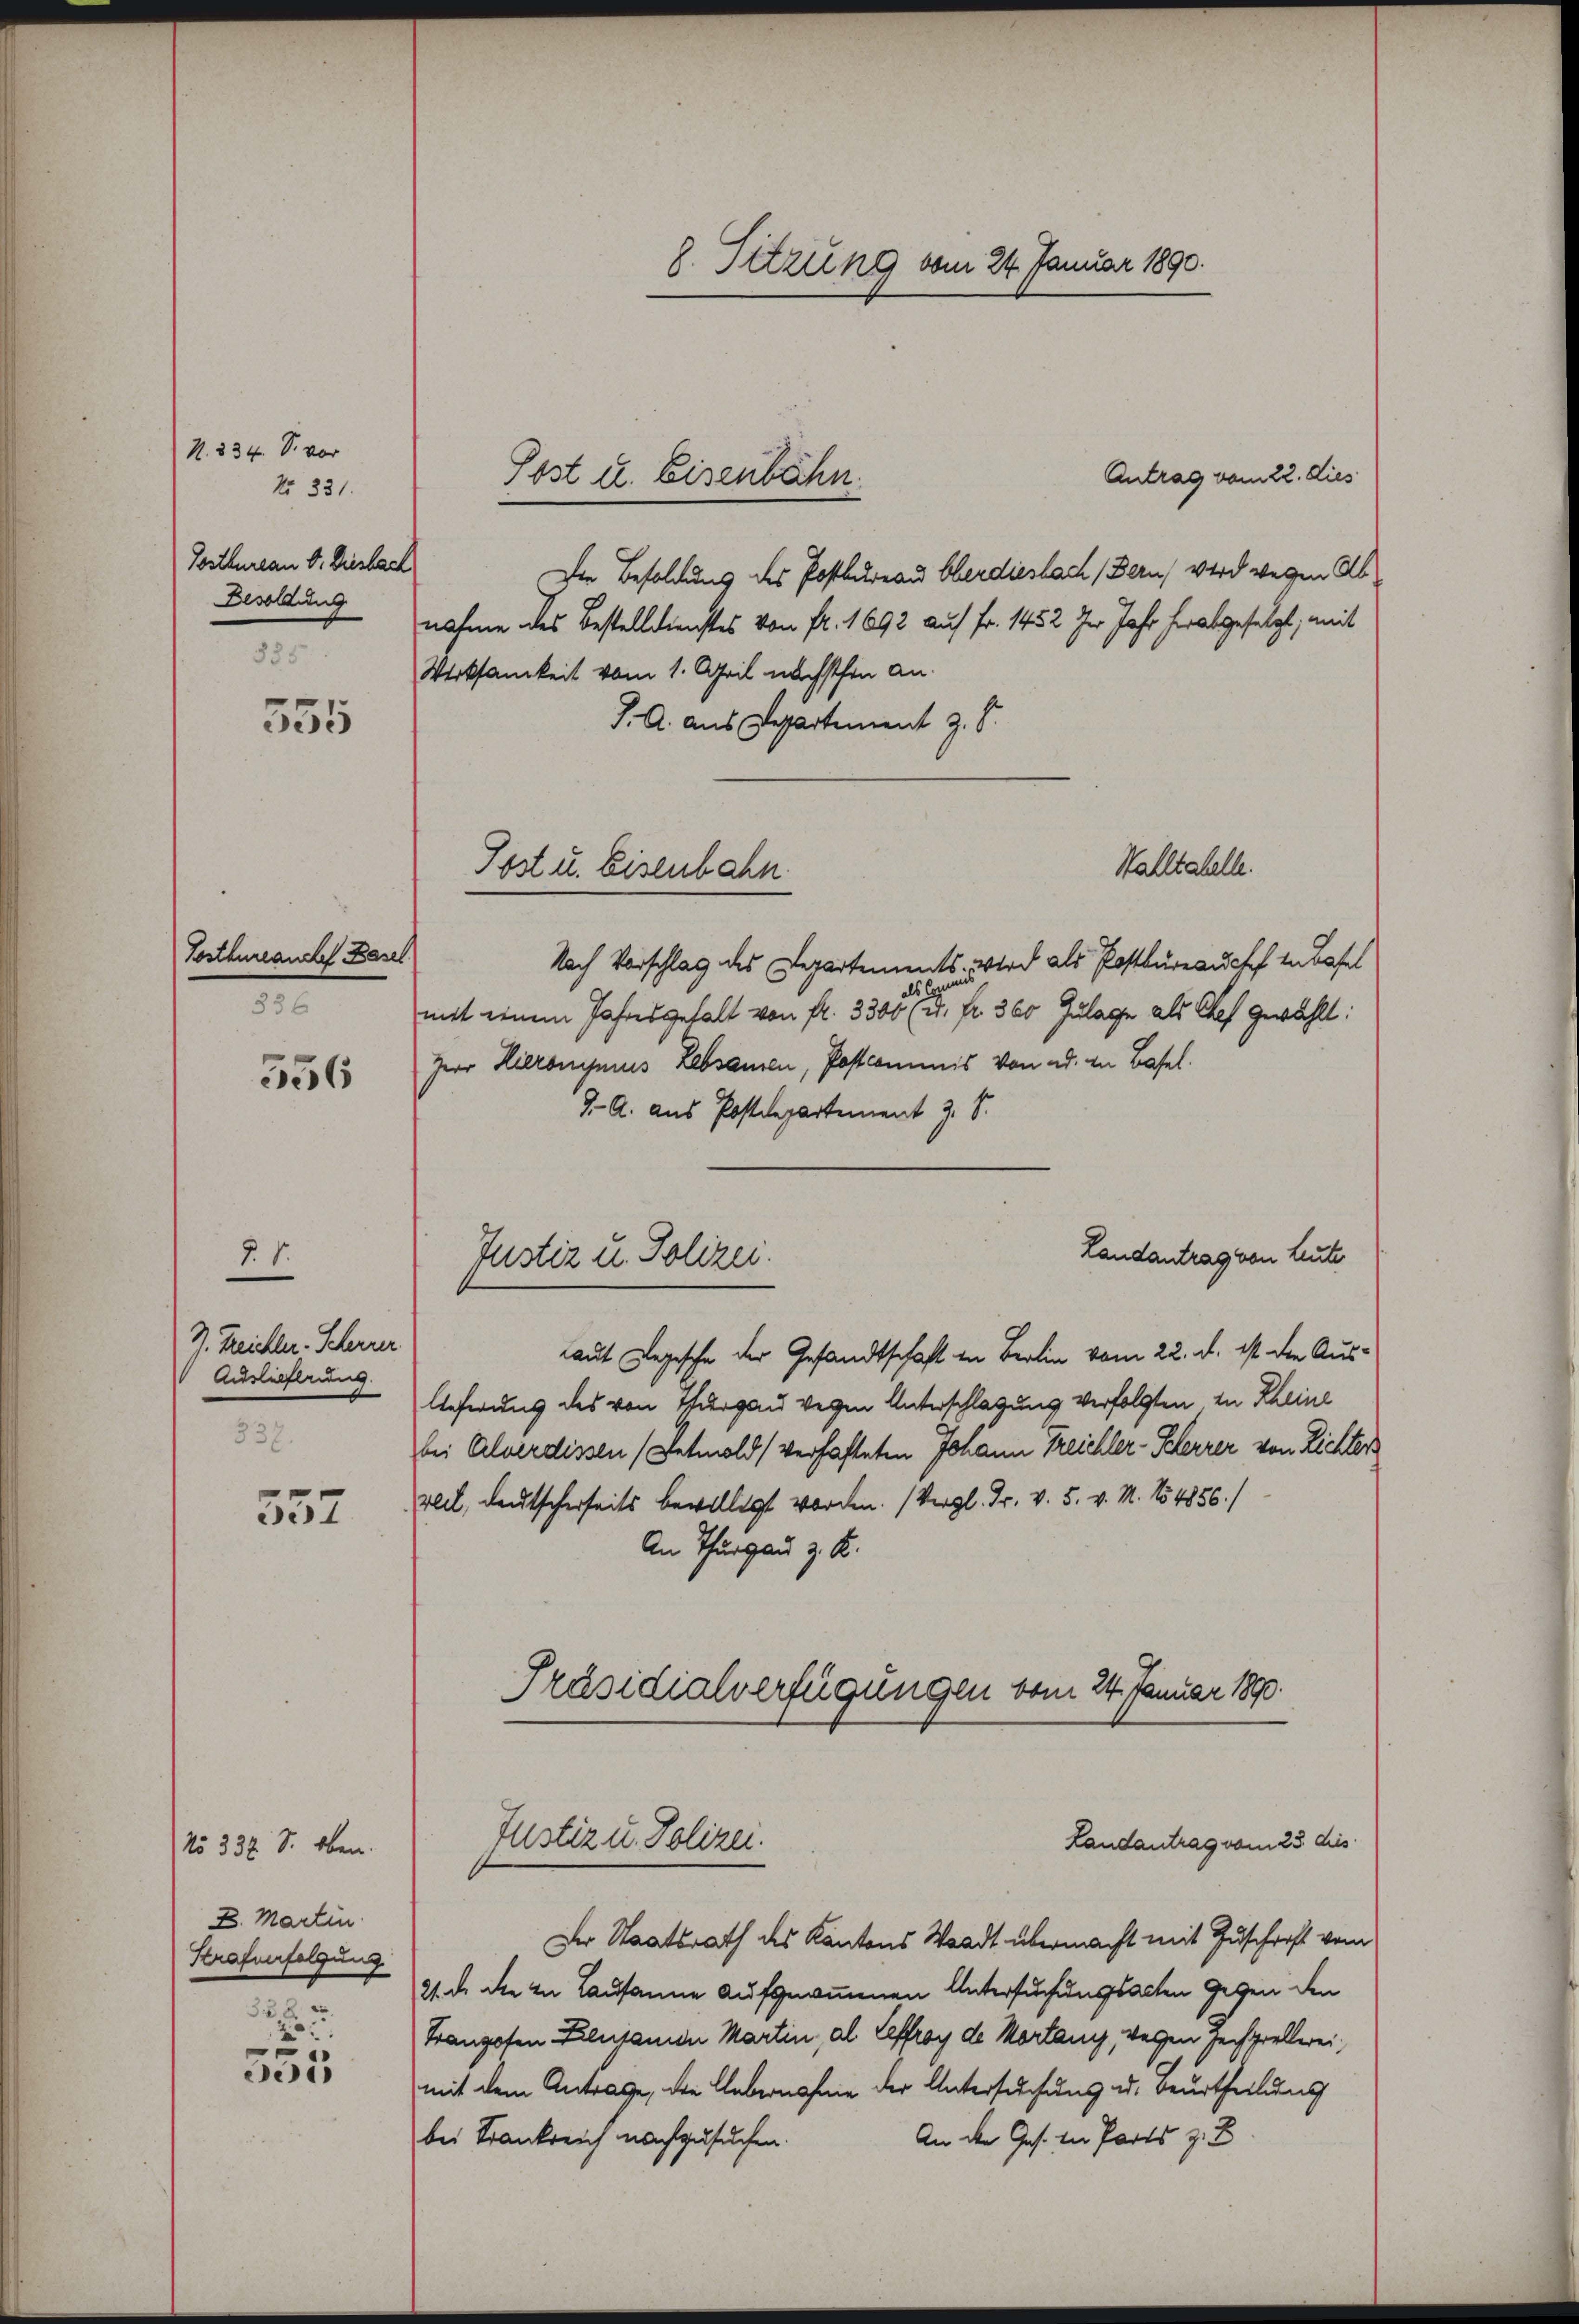
N. 834. S. vor
No 331.
Tostbureau Dr. Diesbach
Besoldung
885

555

Tostbureauch Basel
336

556

§. 1.
J. Treichler. Scheurer
Aushelferung.
337.

557

No 332 S. oben.
D. Martin
Strafverfolgung
2 x 2
2

555

8. Sitzung vom 24. Januar 1890.

Antrag vom 22. dies
Die Besoldung des Postbureau Oberdiesbach (Bern, wird wegen Abnahme des Bestelldienstes von Fr. 1692 auf Fr. 1452 der Jahr herabgesetzt, mit
Wirksamkeit vom 1. April nächsthin an.
J. A. aus Departement z. B.
Stalltahelle.
Nach Vorschlag des Departements. Wird als Postbüreauch in Basel
mit einem Jahres gehalt von fr. 3300 fr. f. 360 Zulage als Chef gewählt:
Zer Hieronymus Lebsamen, Postcommis von ad. in Basel.
9.- A. aus Postdepartement z. S.
Landantrag von Leute
Laut Legesche der Gesandtschaft in Berlin vom 22. d. ist die Aus-
lieferung des von Thurgau wegen Unterschlagung verfolgten zu Rheine
bei Alverdissen (Retmold (verhafteten Johann treichler-Kerrer von Richters
veil, deutscherseits bewilligt worden. (Vergl. Fr. v. 5. v. M. No 1856./
An Thurgau z. B.
Präsidialverfügungen vom 24. Januar 1890.
Justiz u. Polizei.
Landantrag vom 23. dies
Der Staatsrath des Kantons Waadt übermacht mit Zuschrift vom
21. d. Sie in Lausanne aufgenommenen Untersuchungsacten Gegen den
Franzosen Flujanen Martin, al Leffroy de Mortany, wegen Zechprellerei,
mit dem Antrage, die Uebernahme der Untersuchung u. Beurtheilung
An der Ges. die Parts z. B
bei Frankreich nachzusuchen.

Post u. Eisenbahn.

Post u. Eisenbahn

Justiz u. Polizei.